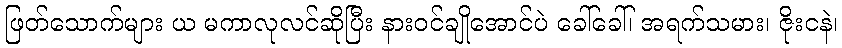
ဖြတ်သောက်များ ယ မကာလုလင်ဆိုပြီး နားဝင်ချိုအောင်ပဲ ခေါ်ခေါ်၊ အရက်သမား၊ ဇိုးငနဲ၊